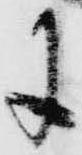
に